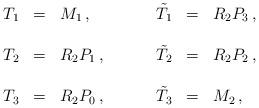
LaTeX: \begin{align*}\begin{array}{rclrcl}T_{1} & = & M_{1}\, ,\hspace{1cm} &\tilde{T}_{1} & = & R_{2}P_{3}\, ,\\& & & & & \\T_{2} & = & R_{2}P_{1}\, ,\hspace{1cm} &\tilde{T}_{2} & = & R_{2}P_{2}\, ,\\& & & & & \\T_{3} & = & R_{2}P_{0}\, ,\hspace{1cm} &\tilde{T}_{3} & = & M_{2}\, ,\\ \end{array}\end{align*}